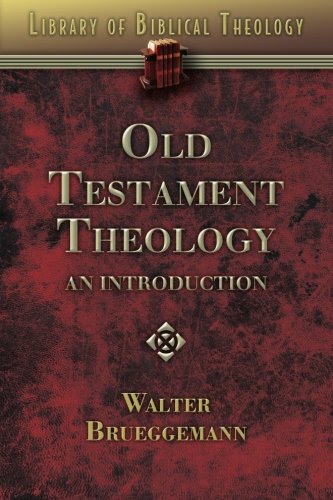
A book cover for Old Testament Theology: An Introduction (Library of Biblical Theology); Walter Brueggemann; Christian Books & Bibles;